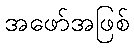
အဖော်အဖြစ်